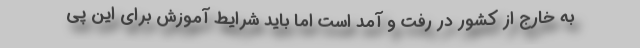
به خارج از کشور در رفت و آمد است اما باید شرایط آموزش برای این پی